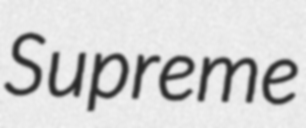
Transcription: Supreme